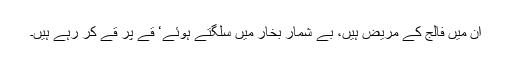
ان میں فالج کے مریض ہیں، بے شمار بخار میں سلگتے ہوئے‘ قے پر قے کر رہے ہیں۔